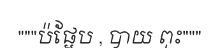
"""ប៉ផ្អែប , បាយ ពុះ"""